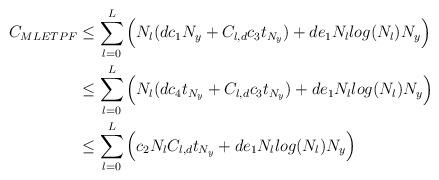
LaTeX: \begin{align*}C_{MLETPF} & \leq \sum^{L}_{l=0}\Big(N_{l}(dc_{1}N_{y}+C_{l,d}c_{3}t_{N_{y}}) + de_{1}N_{l}log(N_{l})N_{y}\Big)\\& \leq \sum^{L}_{l=0}\Big(N_{l}(dc_{4}t_{N_{y}}+C_{l,d}c_{3}t_{N_{y}}) + de_{1}N_{l}log(N_{l})N_{y}\Big)\\& \leq \sum^{L}_{l=0}\Big(c_{2}N_{l}C_{l,d}t_{N_{y}} + de_{1}N_{l}log(N_{l})N_{y}\Big)\end{align*}